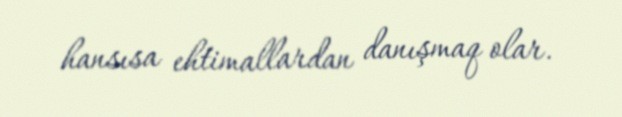
hansısa ehtimallardan danışmaq olar.